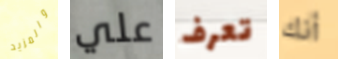
والمزيد علي تعرف أنك